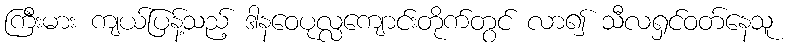
ကြီးမား ကျယ်ပြန့်သည့် ဒါနဝေပုလ္လကျောင်းတိုက်တွင် လာ၍ သီလရှင်ဝတ်နေသူ